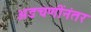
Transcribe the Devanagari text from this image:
अडचणींनंतर